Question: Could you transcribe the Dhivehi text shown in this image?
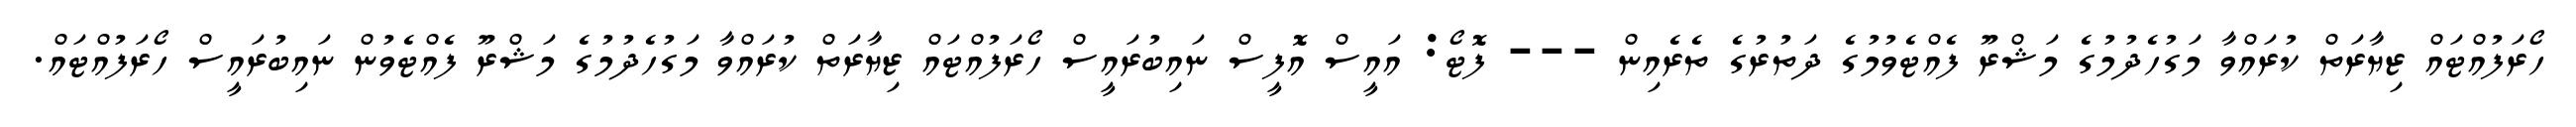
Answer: ހޯރަފުއްޓައް ޒިޔާރަތް ކުރައްވާ މަގުހެދުމުގެ މަޝްރޫ ފެއްޓެވުމުގެ ދަތުރުގެ ތެރެއިން --- ފޮޓޯ: އައީސް އޮފީސް ނައިބުރައީސް ހޯރަފުއްޓައް ޒިޔާރަތް ކުރައްވާ މަގުހެދުމުގެ މަޝްރޫ ފެއްޓެވުން ނައިބުރައީސް ހޯރަފުއްޓައް.